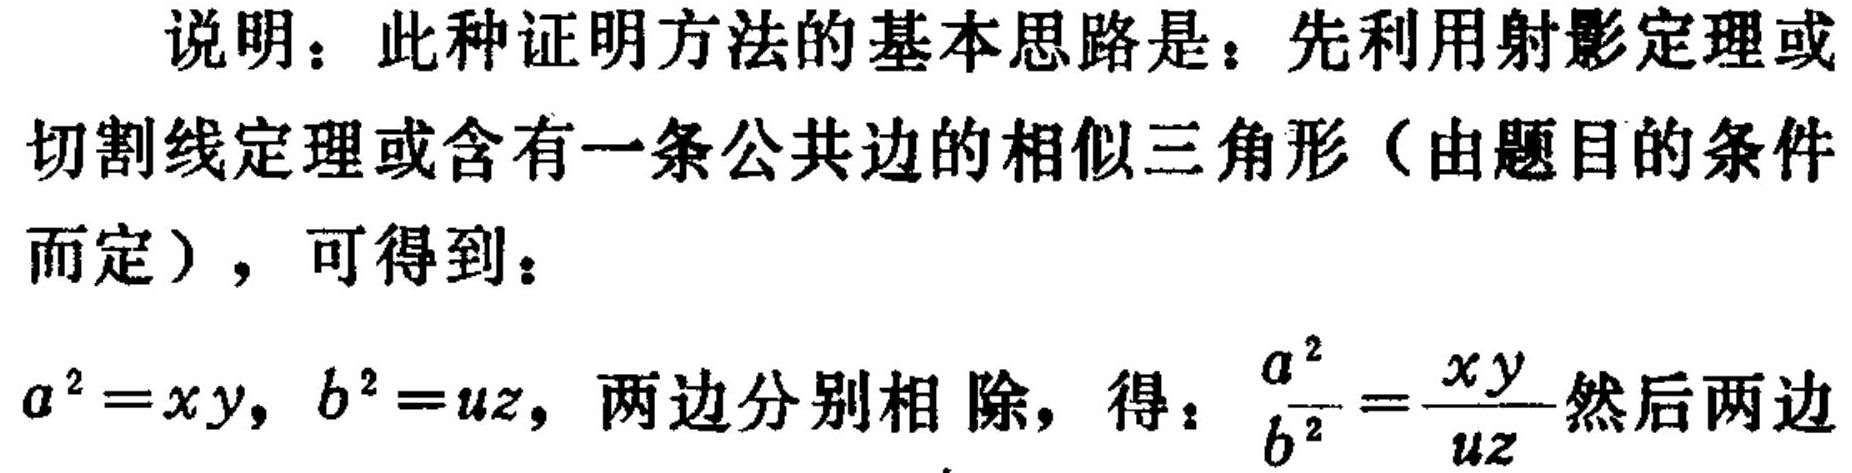
说明：此种证明方法的基本思路是：先利用射影定理或切割线定理或含有一条公共边的相似三角形（由题目的条件而定），可得到：
\(a^{2}=xy,\ b^{2}=uz\)，两边分别相除，得：\(\frac{a^{2}}{b^{2}}=\frac{xy}{uz}\)然后两边